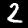
Digit: 2